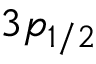
3 p _ { 1 / 2 }